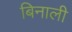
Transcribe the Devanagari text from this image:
बिनाली